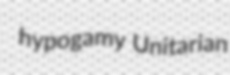
hypogamy Unitarian